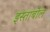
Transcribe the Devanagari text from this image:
इस्ताबोल